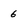
Character: 6